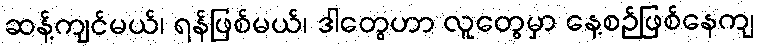
ဆန့်ကျင်မယ်၊ ရန်ဖြစ်မယ်၊ ဒါတွေဟာ လူတွေမှာ နေ့စဉ်ဖြစ်နေကျ